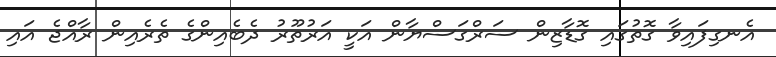
އެނގިފައިވާ ގޮތުގައި ގޮޑާޒިން ސަރްގަސްޔާން އަކީ އަރުތޫރު ދެބެއިންގެ ތެރެއިން ރާއްޖެ އައި